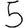
Digit: 5